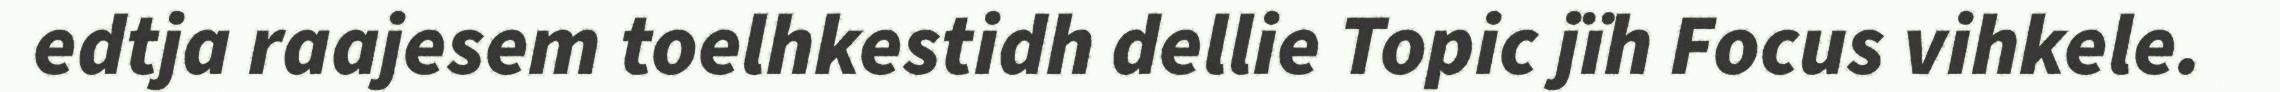
edtja raajesem toelhkestidh dellie Topic jïh Focus vihkele.